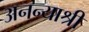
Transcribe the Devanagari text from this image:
अनन्याश्री